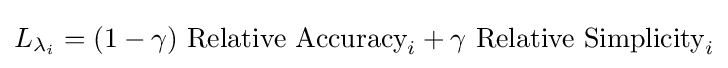
L_{\lambda _{i}}=(1-\gamma ){\mbox{ Relative Accuracy}}_{i}+\gamma {\mbox{ Relative Simplicity}}_{i}